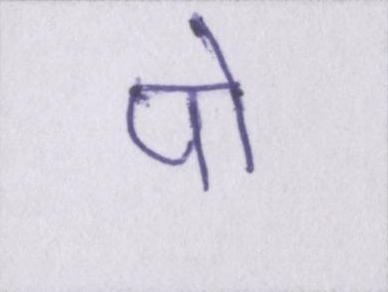
पो